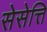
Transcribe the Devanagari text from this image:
सेसेत्ति